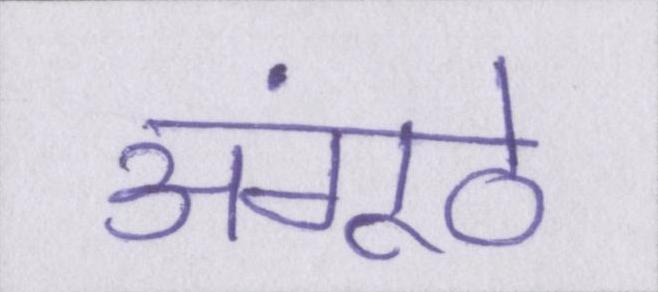
अंगूठे